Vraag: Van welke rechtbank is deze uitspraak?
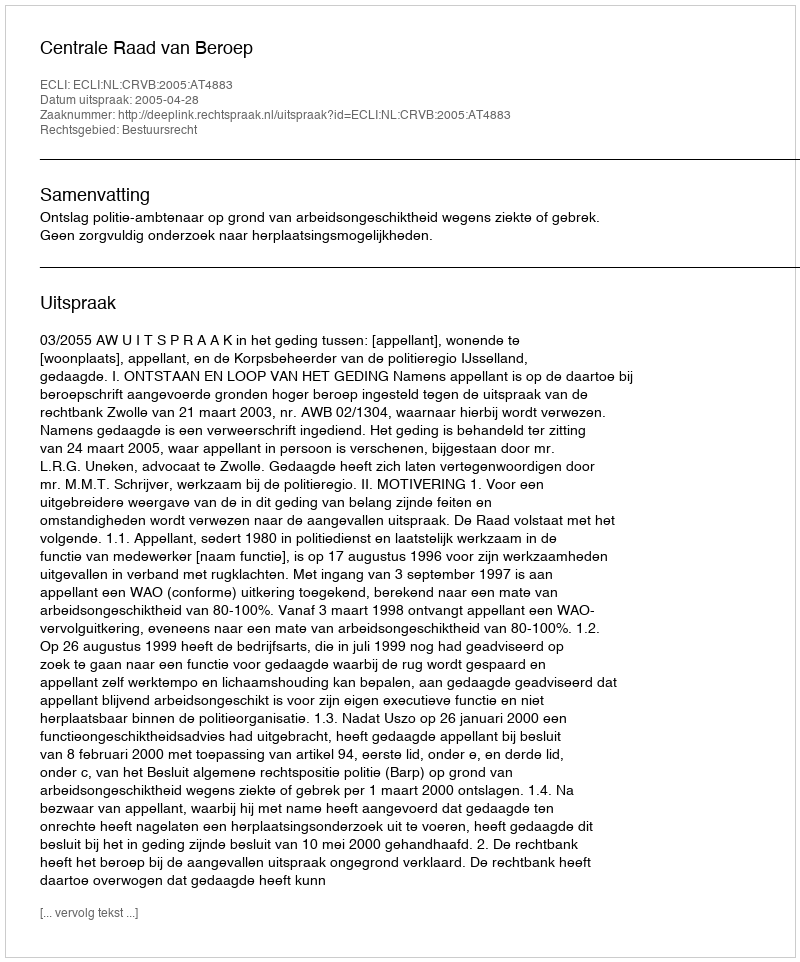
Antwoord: Centrale Raad van Beroep